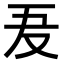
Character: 𠬷